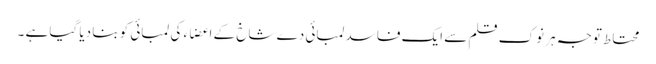
محتاط توجہ ہر نوک قلم سے ایک فاسد لمبائی دے شاخ کے اعضاء کی لمبائی کو بنا دیا گیا ہے ۔